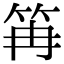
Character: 𥬕